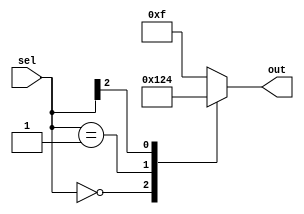
module casez_statement (
    input wire [2:0] sel,
    output reg [3:0] out
);

always @* begin
    casez(sel)
        3'b000: out = 4'b0001;
        3'b001: out = 4'b0010;
        3'b1??: out = 4'b0100; //Wildcard don't-care condition
        default: out = 4'b1111;
    endcase
end

endmodule